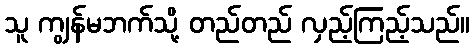
သူ ကျွန်မဘက်သို့ တည်တည် လှည့်ကြည့်သည်။